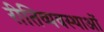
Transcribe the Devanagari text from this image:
रीतिव्यवस्थाओं